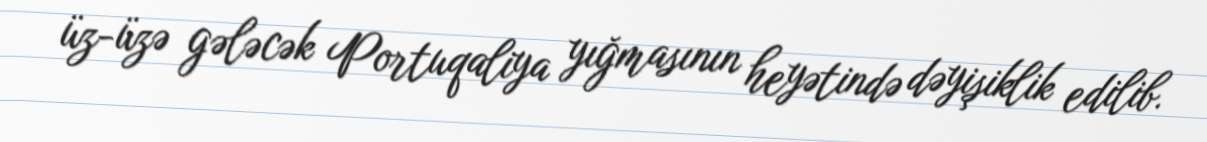
üz-üzə gələcək Portuqaliya yığmasının heyətində dəyişiklik edilib.